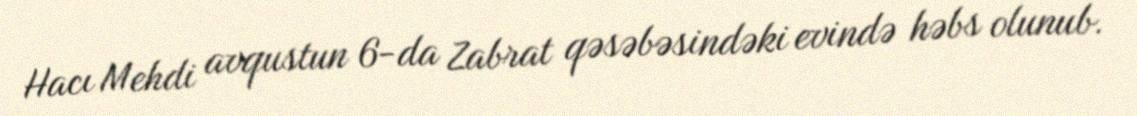
Hacı Mehdi avqustun 6-da Zabrat qəsəbəsindəki evində həbs olunub.